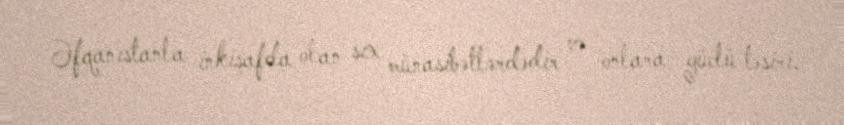
Əfqanıstanla inkişafda olan sıx münasibətlərdədir və onlara güclü təsiri,